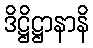
ဒိဋ္ဌိဋ္ဌာနာနိ